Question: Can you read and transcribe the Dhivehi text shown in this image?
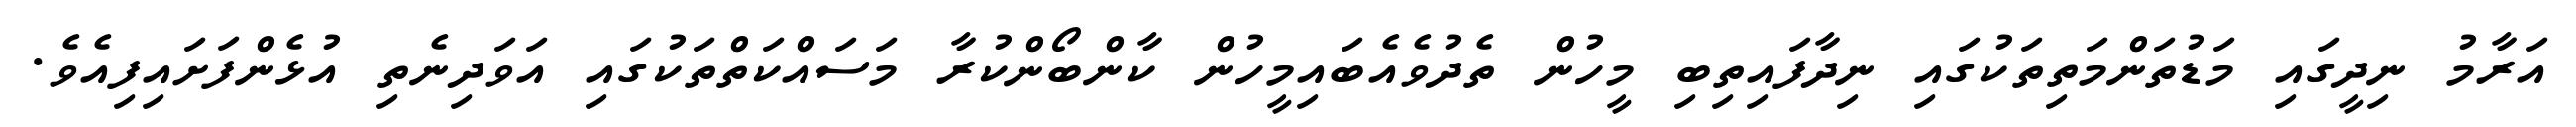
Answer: އަރާމު ނިދީގައި މަޑުތަންމަތިތަކުގައި ނިދާފައިތިބި މީހުން ތެދުވެއެބައިމީހުން ކާންބޯންކުރާ މަސައްކަތްތަކުގައި އަވަދިނެތި އުޅެންފަށައިފިއެވެ.